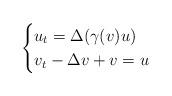
LaTeX: \begin{align*}\begin{cases}u_t=\Delta (\gamma (v)u)\\v_t-\Delta v+v=u\end{cases}\end{align*}